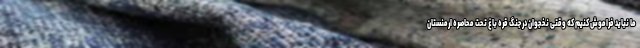
ما نباید فراموش کنیم که وقتی نخجوان در جنگ قره باغ تحت محاصره ارمنستان